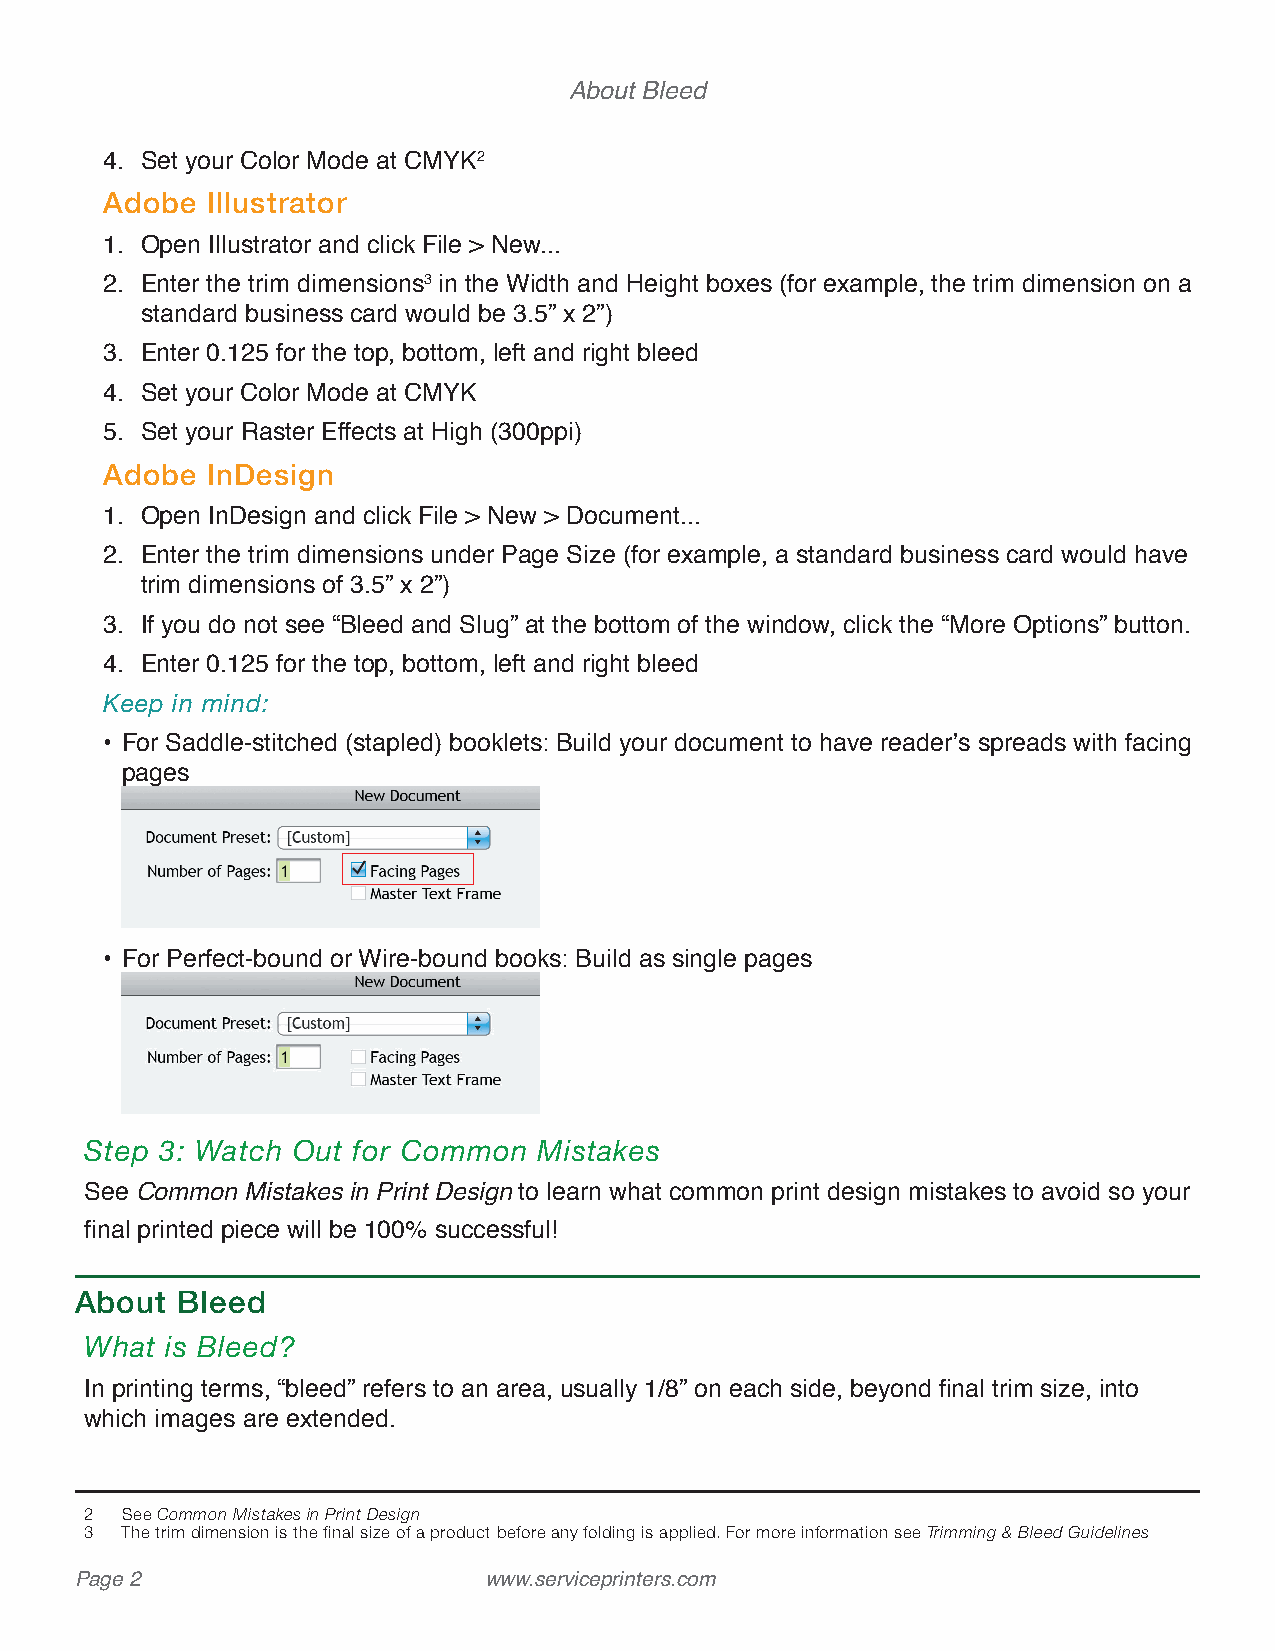
About Bleed
 4. Set your Color Mode at CMYK2
 3.5” x 2” Business Card
 Adobe  Illustrator
 1. Open Illustrator and click File > New...
 1/8” Bleed
 2. Enter the trim dimensions3 in the Width and Height boxes (for example, the trim dimension on a
 standard business card would be 3.5” x 2”)
 3. Enter 0.125 for the top, bottom, left and right bleed
 4. Set your Color Mode at CMYK
 5. Set your Raster Effects at High (300ppi)
 Adobe  InDesign
 1. Open InDesign and click File > New > Document...
 2. Enter the trim dimensions under Page Size (for example, a standard business card would have
 trim dimensions of 3.5” x 2”)
 3. If you do not see “Bleed and Slug” at the bottom of the window, click the “More Options” button.
 4. Enter 0.125 for the top, bottom, left and right bleed
 Keep in mind:
 • For Saddle-stitched (stapled) booklets: Build your document to have reader’s spreads with facing
 pages
 • For Perfect-bound or Wire-bound books: Build as single pages
 Step 3: Watch Out for Common  Mistakes
 See Common Mistakes in Print Design to learn what common print design mistakes to avoid so your
 final printed piece will be 100% successful!
 About  Bleed
 What is Bleed?
 In printing terms, “bleed” refers to an area, usually 1/8” on each side, beyond final trim size, into
 which images are extended.
 2 See Common Mistakes in Print Design
 3 The trim dimension is the final size of a product before any folding is applied. For more information see Trimming & Bleed Guidelines
 Page 2                     www.serviceprinters.com